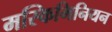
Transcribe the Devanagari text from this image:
मस्किमिनियन